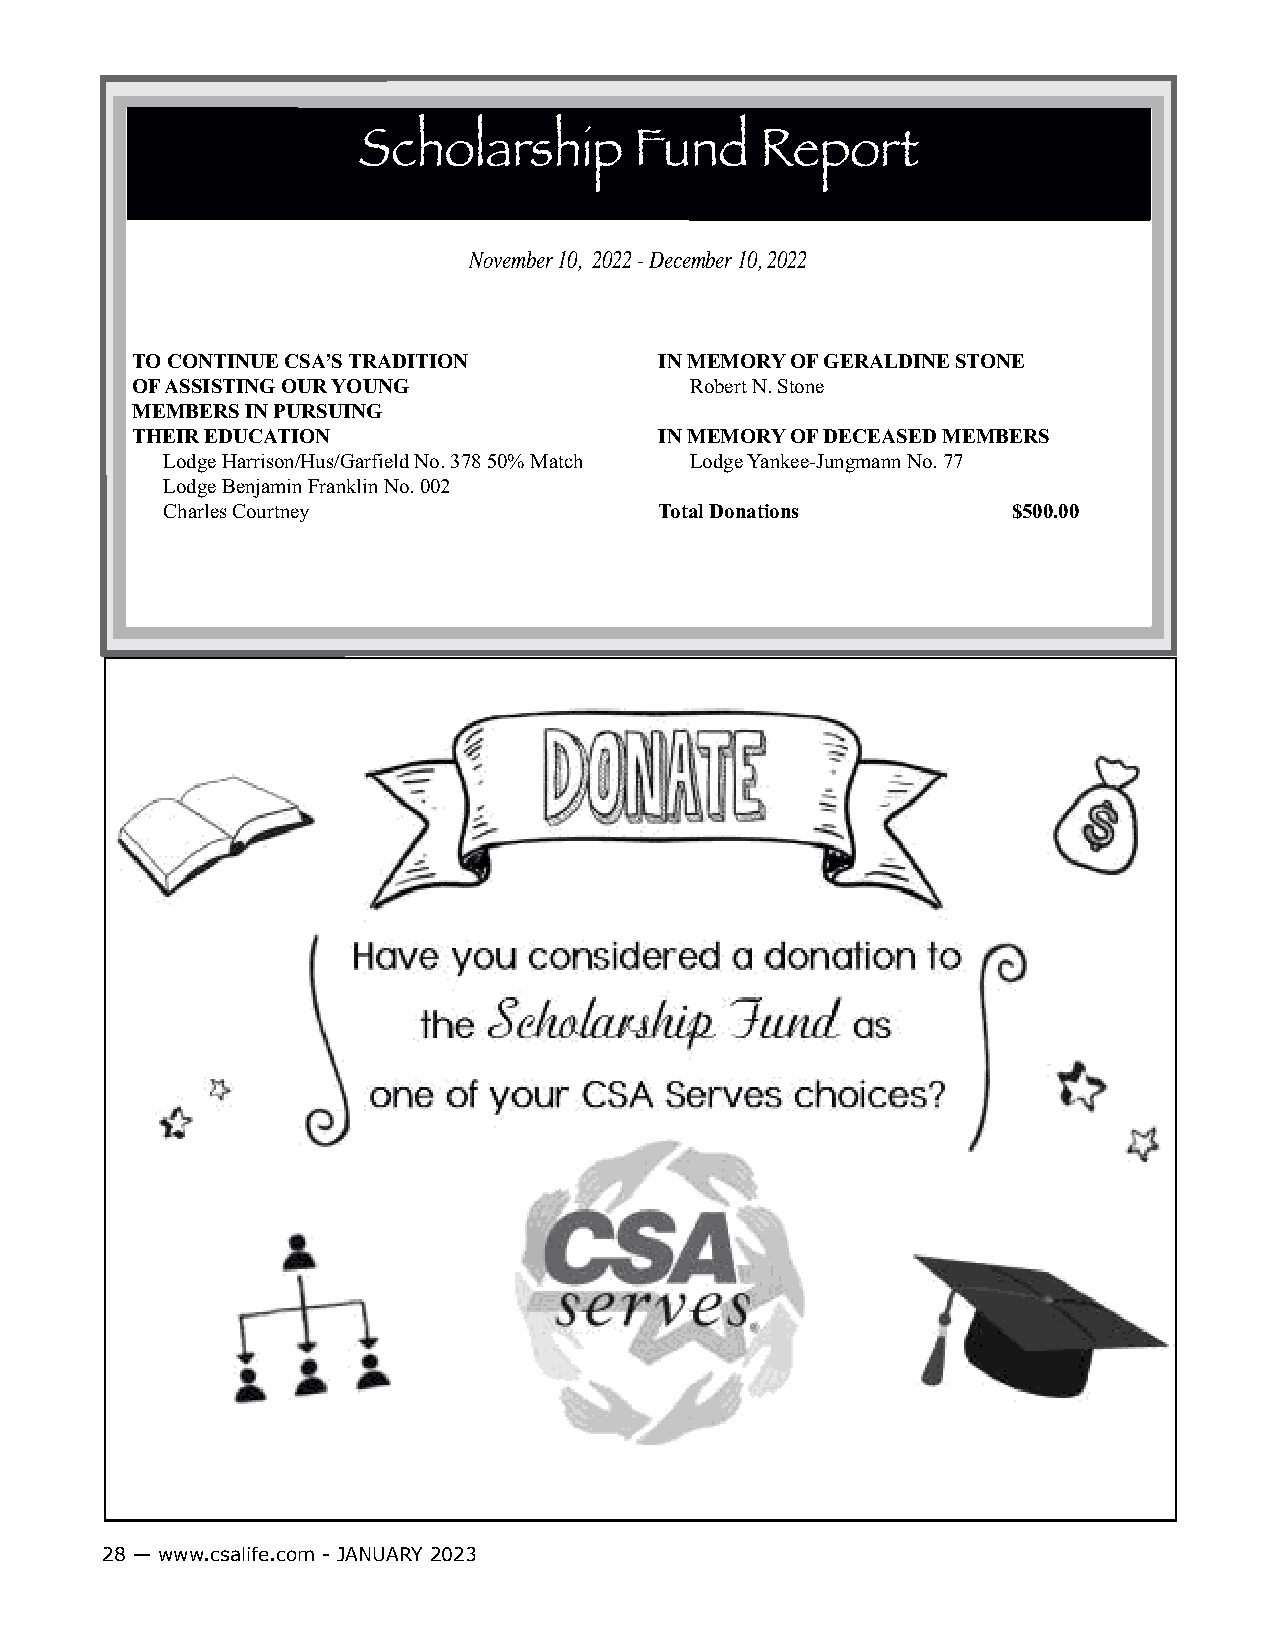
Scholarship       Fund    Report
 November 10, 2022 - December 10, 2022
 TO CONTINUE CSA’S TRADITION        IN MEMORY OF GERALDINE STONE
 OF ASSISTING OUR YOUNG               Robert N. Stone
 MEMBERS IN PURSUING
 THEIR EDUCATION                    IN MEMORY OF DECEASED MEMBERS
 Lodge Harrison/Hus/Garfield No. 378 50% Match Lodge Yankee-Jungmann No. 77
 Lodge Benjamin Franklin No. 002
 Charles Courtney                 Total Donations        $500.00
 28 — www.csalife.com - JANUARY 2023